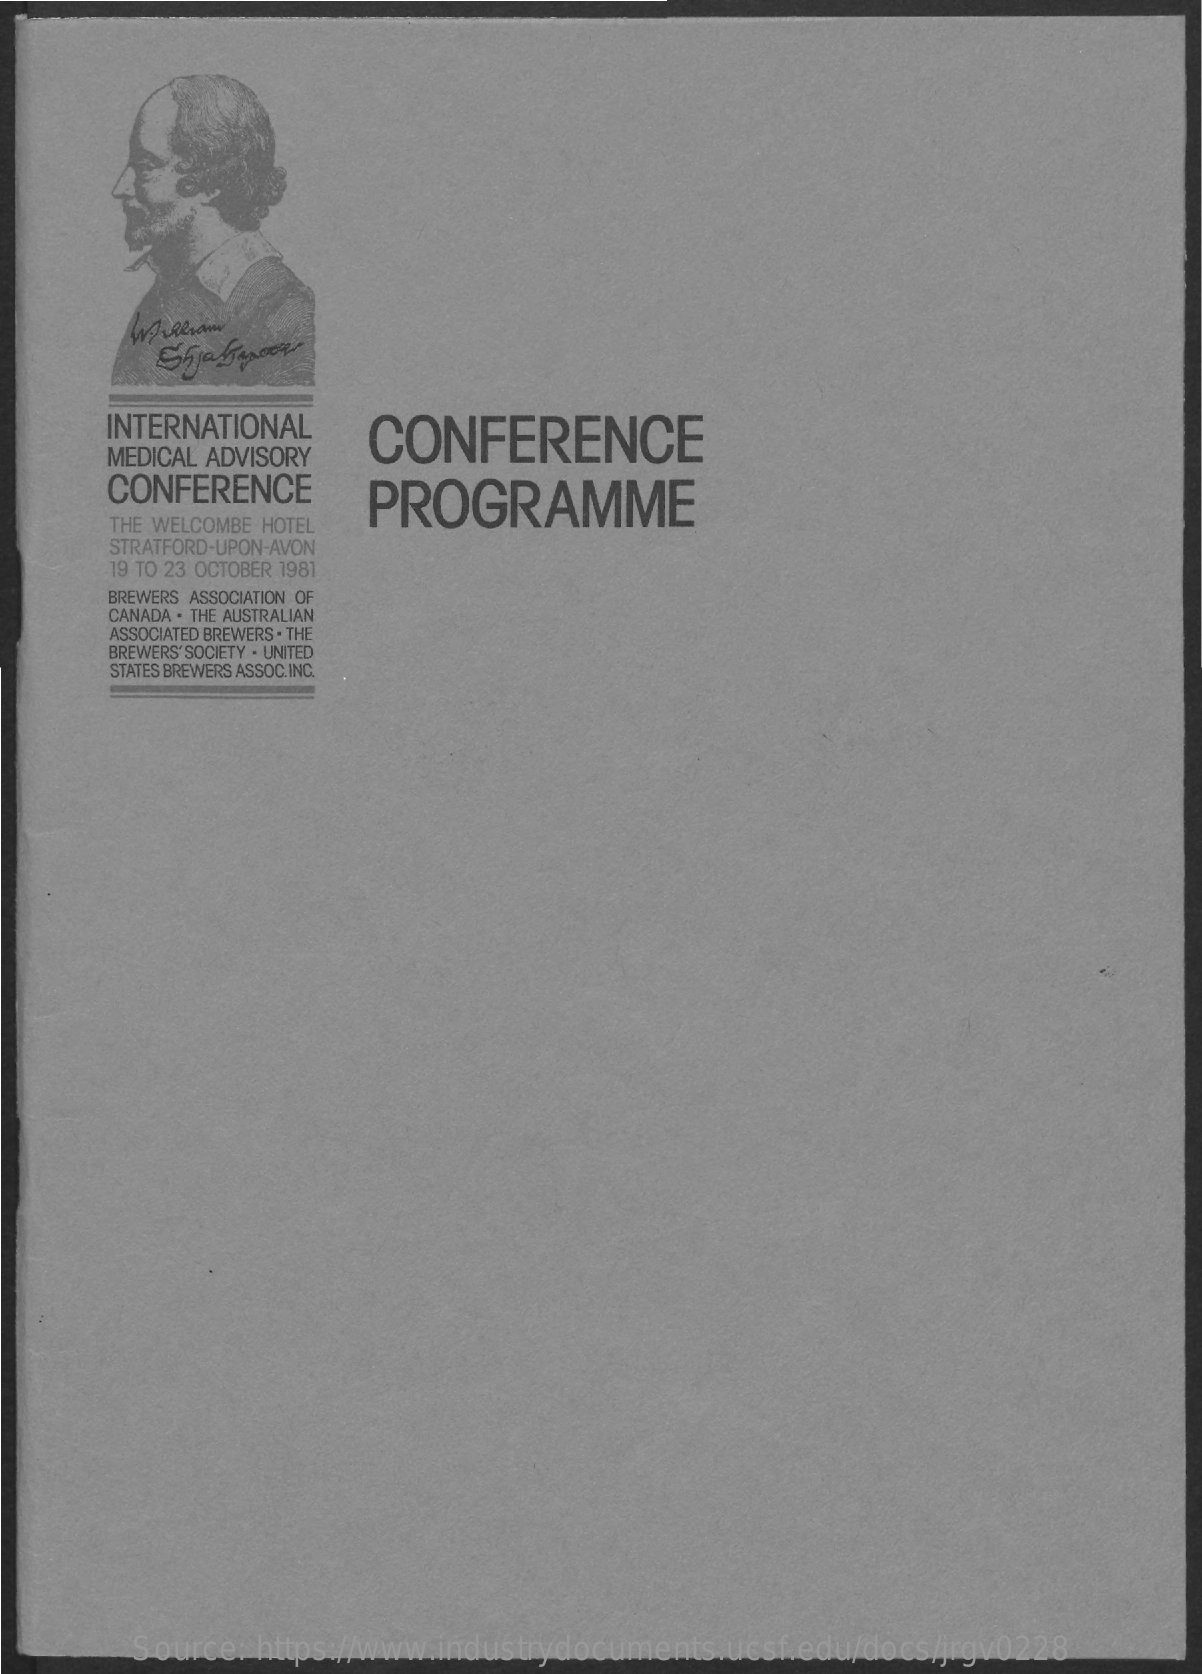
INTERNATIONAL   CONFERENCE
     MEDICAL ADVISORY
     CONFERENCE    PROGRAMME
     THE WELCOMBE HOTEL
     STRATFORD-UPON-AVON
     19 TO 23 OCTOBER 1981
     BREWERS ASSOCIATION OF
     CANADA . THE AUSTRALIAN
     ASSOCIATED BREWERS . THE
     BREWERS' SOCIETY . UNITED
     STATES BREWERS ASSOC. INC.
     Source: https://www.industrydocuments.ucsf.edu/docs/jrgv0228